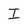
Character: I